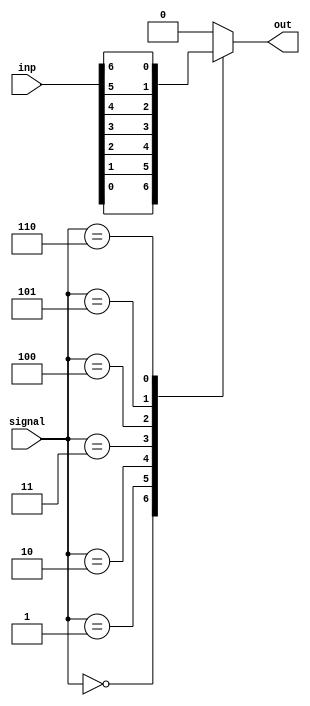
module _7to1_mux(inp, signal, out);\n    input[6:0] inp;\n    input[2:0] signal;\n\n    output reg out;\n    always@(*)\n        case(signal)\n            3'b000 : out = inp[0];\n            3'b001 : out = inp[1];\n            3'b010 : out = inp[2];\n            3'b011 : out = inp[3];\n            3'b100 : out = inp[4];\n            3'b101 : out = inp[5];\n            3'b110 : out = inp[6];\n            default : out = 1'b0;\n        endcase\nendmodule
module d_latch(d, clock, q);\n    input d, clock;\n    output reg q;\n\n    always@(*)\n        if (clock == 1)\n            q <= d;\nendmodule
module d_flipflop(d, clock, q, resetn);\n    input d, clock, resetn;\n    output reg q;\n\n    always@(posedge clock)\n        begin\n            if (resetn == 0)\n                q <= 0;\n            else\n                q <= d;\n        end\nendmodule
module d_flipflop(d, clock, resetn, q);\n    input d, clock, resetn;\n    output reg q;\n\n    always@(negedge clock)\n        begin\n            if (resetn == 0)\n                q <= 0;\n            else\n                q <= d;\n        end\nendmodule
module register_4_bit (d, clock, resetn, q);\n    // Posedge clock - Synchronous - Active low\n    input[3:0] d;\n    input clock, resetn;\n    output reg [3:0] q;\n\n    always@(posedge clock)\n        begin\n            if (resetn == 0)\n                q <= 0;\n            else\n                q <= d;\n        end\nendmodule
module n_bit_register(d, clock, resetn, enable, q);\n    parameter n = 4; // Default value\n    input [n-1:0] d;\n    input clock, resetn, enable;\n    output reg [n-1:0] q;\n\n    always(posedge clock)\n        begin\n            if (resetn == 0)\n                q <= 0;\n            else if (enable == 1)\n                q <= d;\n        end\nendmodule
module shift_register_3_bit (w, clock, resetn, load, pl, q);\n    input clock, w, load, resetn;\n    input[2:0] pl;\n    output reg [2:0] q;\n\n    always@(posedge clock)\n    begin\n        if (!resetn)\n            q <= 0;\n        else if (load == 0)\n            q <= pl;\n        else\n            begin\n                q[0] <= w;           // Very important - USE NON-BLOCKING STATEMENTS\n                q[1] <= q[0];        // Very important - USE NON-BLOCKING STATEMENTS\n                q[2] <= q[1];        // Very important - USE NON-BLOCKING STATEMENTS\n            end\n    end\nendmodule
module t_flipflop(t, resetn, clock, q);\n    input clock, t, resetn;\n    output reg q;\n\n    always@(posedge clock)\n        begin\n            if (!resetn)\n                q <= 0;\n            else if (t == 1)\n                q <= ~q;\n        end\nendmodule
module counter_4_bit (clock, enable, resetp, q);\n    input clock, enable, resetp;\n    output reg [3:0] q;\n\n    always@(posedge clock)\n        begin\n            if (resetp == 0)\n                q <= 0;\n            else if (enable == 1)\n                q <= q + 1;\n        end\nendmodule
module param_counter(clock, enable ,updown, resetn, q);\n    parameter n = 3;\n    input clock, enable, updown, resetn;\n    output reg [n-1:0] q;\n\n    always@(posedge clock)\n        begin\n            if (resetn == 0)\n                q <= 0;\n            else if (enable == 1)\n                q <= q + (updown?1:-1);\n        end\nendmodule
module async_counter_top(enable, clock, resetp, q);\n\t input enable, clock, resetp;\n\t output [2:0] q;\n    wire [2:0] c ;\n\n    t_flipflop v1 (enable, resetp, clock, c[0]);\n    t_flipflop v2 (enable, resetp, ~c[0], c[1]);\n    t_flipflop v3 (enable, resetp, ~c[1], c[2]);\n\n    assign q = c;\nendmodule
module t_flipflop(t, resetp, clock, q);\n    input clock, t, resetp;\n    output reg q;\n\n    always@(posedge clock, posedge resetp)\n        begin\n            if (resetp)\n                q <= 0;\n            else if (t == 1)\n                q <= ~q;\n        end\n\nendmodule